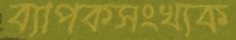
ব্যাপকসংখ্যক